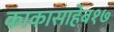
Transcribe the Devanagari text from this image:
काकासाहेब१७